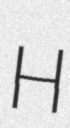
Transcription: H